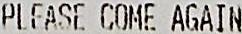
PLEASE COME AGAIN